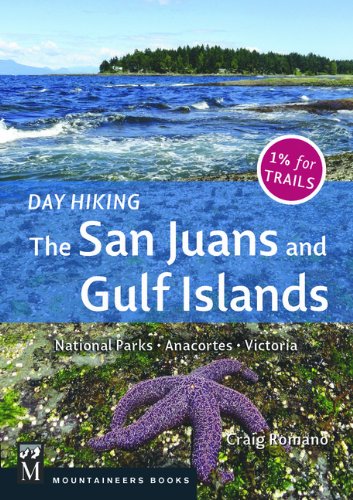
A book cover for Day Hiking the San Juans and Gulf Islands: National Parks, Anacortes, Victoria; Craig Romano; Travel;